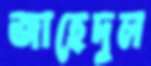
জাহেদুল